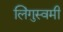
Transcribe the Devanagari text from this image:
लिंगुस्वमी